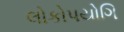
લોકોપયોગિ